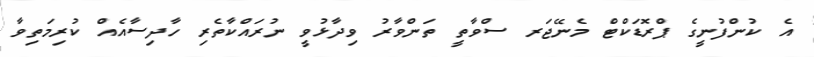
އެ ކުންފުނީގެ ޕްރޮޑަކްޓް މެނޭޖަރ ސްވާތީ ތަންވާރު ވިދާޅުވީ ނުރައްކާތެރި ހާދިސާއެއް ކުރިމަތިވާ